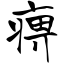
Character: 痹